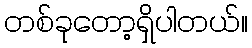
တစ်ခုတော့ရှိပါတယ်။